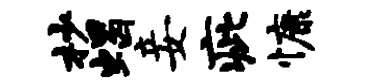
杪蝎妾疵慷